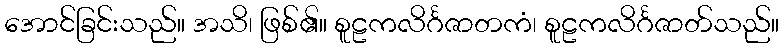
အောင်ခြင်းသည်။ အသိ၊ ဖြစ်၏။ စူဠကလိင်္ဂဇာတကံ၊ စူဠကလိင်္ဂဇာတ်သည်။